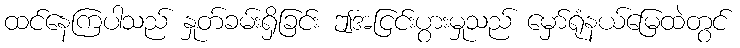
ထင်နေကြပါသည် နှုတ်ခမ်းရှိခြင်း ဤအငြင်းပွားမှုသည် မှော်ရုံနယ်မြေထဲတွင်